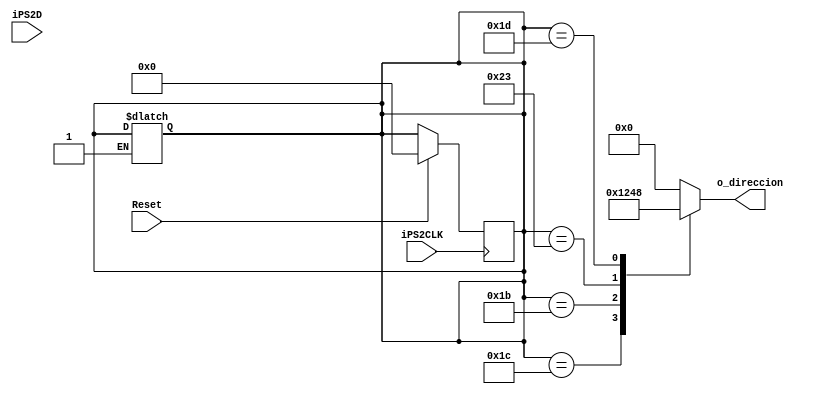
//-----------------------------------------------------------------------------------
//  Laboratorio de Circuitos Digitales 1 | Experimento 4
//  archivo: PS2.v
//
//  Descripcin:
//  Mquina de estados para el procesamiento de seales del teclado a travs de 
//  la interfaz del puerto PS2 de la tarjeta.  Las seales se pasan a travs de
//  los puertos 1 y 5 del PS2, los cuales se mapean a los pines M15 y M16 de la
//  Spartan 3E.  Dichos puertos se agregaron al .ucf siguiendo estos nombres:
//
//  NET "iPS2D" LOC = "M15" | IOSTANDARD = LVTTL | DRIVE = 8 | SLEW = FAST ;
//  NET "iPS2CLK" LOC = "M16" | IOSTANDARD = LVTTL | DRIVE = 8 | SLEW = FAST ;
//------------------------------------------------------------------------------------
`timescale 1ns / 1ps

//Definicin de estados
//--------------------------------
`define START                  0
`define WAITCLK_L1             1
`define WAITCLK_H1             2
`define GET_KEY1               3
`define WAITCLK_L2             4
`define WAITCLK_H2             5
`define GET_KEY2               6
`define WAITCLK_L3             7
`define WAITCLK_H3             8
`define GET_KEY3               9
`define BREAK_KEY              10
//--------------------------------


module PS2_Control(
    input wire iPS2CLK,
	input wire Reset,
    input wire iPS2D,
	output reg [3:0] o_direccion
);


reg rCurrentState, rNextState;

// regs para los valores de cada make code y scan code
reg [7:0] rKeyval1;
reg [7:0] rKeyval2;
reg [7:0] rKeyval3;

reg [10:0] r_shift1, r_shift2, r_shift3;
reg [3:0] r_bitcount;   //contador de 4 bits para contar hasta 11 y pasar una rfaga de bits al puerto PS2

/*
una trama se compone de 11 bits que se distribuyen as en PS2 y se guardan en r_shift1, r_shift2 y r_shift3:

iPS2D--> | STOP bit = 1 | bit Paridad |  SCAN CODE (8 bits) | START bit = 0 | 

*/


//----------------------------------------------
//Next State and delay logic
always @ ( negedge iPS2CLK )
	begin
		if (Reset)
			begin
				rCurrentState <= `START;
				r_bitcount <= 4'b0;
				r_shift1 <= 11'b0;
				r_shift2 <= 11'b0;
				r_shift3 <= 11'b0;
				rKeyval1 <= 8'b0;
				rKeyval2 <= 8'b0;
				rKeyval3 <= 8'b0;
			end
        else
            begin
                rCurrentState <= rNextState;
            end
	end

//----------------------------------------------
//Current state and output logic

always @ ( * )
	begin
		case (rCurrentState)

		//----------------------
		`START:
		begin
			if (iPS2D == 1)
				begin
					rNextState = `START;
				end
			else
				begin
					rNextState = `WAITCLK_L1;
				end
		end

		//---wait for clock low
		`WAITCLK_L1:
		begin
			if (r_bitcount < 11)
				begin
					if (iPS2CLK)
						begin
							rNextState = `WAITCLK_L1;
						end
					else
						begin
							rNextState = `WAITCLK_H1;
							r_shift1 = r_shift1 << 1;
							r_shift1[0] = iPS2D;       // en el nivel bajo, meta el MSB de iPS2D en el reg shift1
						end
				end
			else
				begin
					rNextState <= `GET_KEY1;
				end	  
		end

		//---wait for clock hi
		`WAITCLK_H1:
		begin
		  	if (!iPS2CLK)
				  begin
					  rNextState = `WAITCLK_H1;
				  end
			  else
				  begin
					  rNextState = `WAITCLK_L1;
					  r_bitcount = r_bitcount + 1;
				  end
		end
		//--- GET_KEY1
		`GET_KEY1:
		begin
		  	rKeyval1 = r_shift1[8:1];  // toma el primer Make Code
			r_bitcount = 0;            // resetear el bit count
			rNextState = `WAITCLK_L2;
		end

		//---wait for clock low 2
		`WAITCLK_L2:
		begin
			if (r_bitcount < 11)
				begin
					if (iPS2CLK)
						begin
							rNextState = `WAITCLK_L2;
						end
					else
						begin
							rNextState = `WAITCLK_H2;
							r_shift2 = r_shift2 << 1;
							r_shift2[0] = iPS2D;       // en el nivel bajo, meta el MSB de iPS2D en el reg shift2
						end
				end
			else
				begin
					rNextState <= `GET_KEY2;
				end	  
		end
		//---wait for clock hi 2
		`WAITCLK_H2:
		begin
		  	if (!iPS2CLK)
				  begin
					  rNextState = `WAITCLK_H2;
				  end
			  else
				  begin
					  rNextState = `WAITCLK_L2;
					  r_bitcount = r_bitcount + 1;
				  end
		end	
		//---GET_KEY2
		`GET_KEY2:
		begin
		  	rKeyval2 = r_shift2[8:1];  // toma el segundo cdigo para verificar si se trata del Break code o no
			r_bitcount = 0;            // resetear el bit count
			rNextState = `BREAK_KEY;   // vamos al estado BREAK_KEY para detectar el caracter de salida F0
		end

		//---BREAK_KEY
		`BREAK_KEY:
		begin
			if (rKeyval2 == 8'hF0)              // comparamos con 0xF0 dado que es as como inicia el Break Code
				begin
					rNextState = `WAITCLK_L3;
				end
			else
				begin
					if (rKeyval1 == 8'hE0)      // esto es en caso que se presione una tecla especial
						begin
							rNextState = `WAITCLK_L1;
						end
					else
						begin
							rNextState = `WAITCLK_L2;
						end
				end
		end

		//---wait for clock lo 3
		`WAITCLK_L3:
		begin
			if (r_bitcount < 11)
				begin
					if (iPS2CLK)
						begin
							rNextState = `WAITCLK_L3;
						end
					else
						begin
							rNextState = `WAITCLK_H3;
							r_shift3 = r_shift3 << 1;
							r_shift3[0] = iPS2D;       // en el nivel bajo, meta el MSB de iPS2D en el reg shift3
						end
				end
			else
				begin
					rNextState <= `GET_KEY3;
				end	  
		end

		//---wait for clock hi 3
		`WAITCLK_H3:
		begin
		  	if (!iPS2CLK)
				  begin
					  rNextState = `WAITCLK_H3;
				  end
			  else
				  begin
					  rNextState = `WAITCLK_L3;
					  r_bitcount = r_bitcount + 1;
				  end
		end

		//---GET_KEY3
		`GET_KEY3:
		begin
		  	rKeyval3 = r_shift3[8:1];  // toma el ultimo cdigo
			r_bitcount = 0;            // resetear el bit count
			rNextState = `WAITCLK_L1;   // vamos al estado WAITCLK_L1
		end		
		//----------------------
		default:
		begin
			rNextState = `START;
			r_bitcount = 4'b0;
			r_shift1 = 11'b0;
			r_shift2 = 11'b0;
			r_shift3 = 11'b0;
			rKeyval1 = 8'b0;
			rKeyval2 = 8'b0;
			rKeyval3 = 8'b0;
		end

		endcase

//--------------------------------------------------------------------------------
// AQU SE DEFINE LA DIRECCIN EN FUNCIN DE QU TECLA SE PRESIONN EN EL TECLADO
//--------------------------------------------------------------------------------
		case (rKeyval1)
			8'h1C:
			begin
				o_direccion = 4'b0001;  //presion A => izquierda
			end
			8'h1B:
			begin
				o_direccion = 4'b0010;  //presion S => abajo
			end
			8'h23:
			begin
				o_direccion = 4'b0100;  //presion D => derecha
			end
			8'h1D:
			begin
				o_direccion = 4'b1000; //presion W => arriba
			end
		default: 
		begin
				o_direccion = 4'b0000; // en este caso no se presino ninguna tecla de direccin
		end
		endcase
	
	end //always comb

endmodule